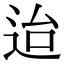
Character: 迨